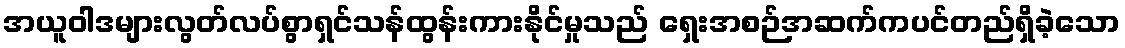
အယူဝါဒများလွတ်လပ်စွာရှင်သန်ထွန်းကားနိုင်မှုသည် ရှေးအစဉ်အဆက်ကပင်တည်ရှိခဲ့သော